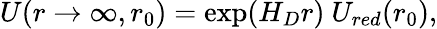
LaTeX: U(r\to\infty,r_{0})=\exp(H_{D}r)\ U_{red}(r_{0}),